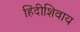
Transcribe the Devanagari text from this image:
हिंदीशिवाय